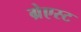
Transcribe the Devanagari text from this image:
ग्रेएस्ट